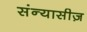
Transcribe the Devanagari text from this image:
संन्यासीज़